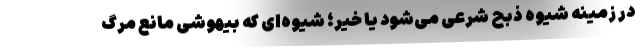
در زمینه شیوه ذبح شرعی می‌شود یا خیر؛ شیوه‌ای که بیهوشی مانع مرگ